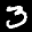
Label: 3